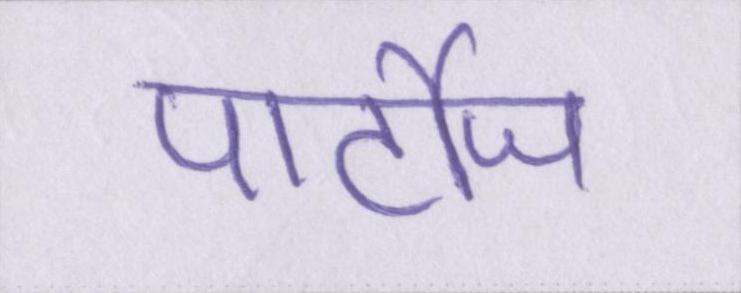
पार्टीज